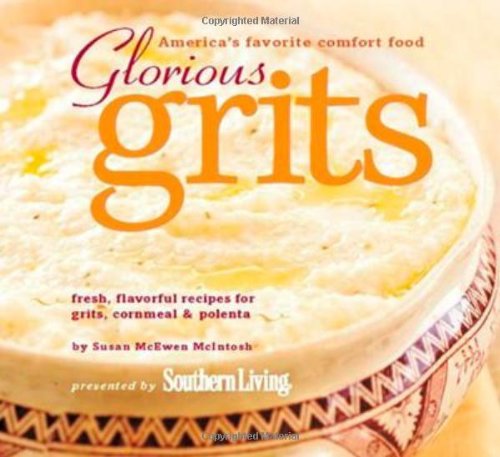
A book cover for Glorious Grits: America's Favorite Comfort Food; Susan McEwen McIntosh; Cookbooks, Food & Wine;